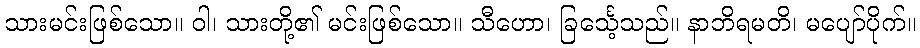
သားမင်းဖြစ်သော။ ဝါ၊ သားတို့၏ မင်းဖြစ်သော။ သီဟော၊ ခြင်္သေ့သည်။ နာဘိရမတိ၊ မပျော်ပိုက်။